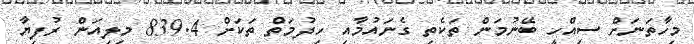
މިހާތަނަށް ސިއްހީ ބޭނުމަން ތަކެތި ގެނައުމާއި ހިދުމަތް ތަކަށް 839.4 މިލިއަން ރުފިޔާ